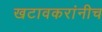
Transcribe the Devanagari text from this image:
खटावकरांनीच